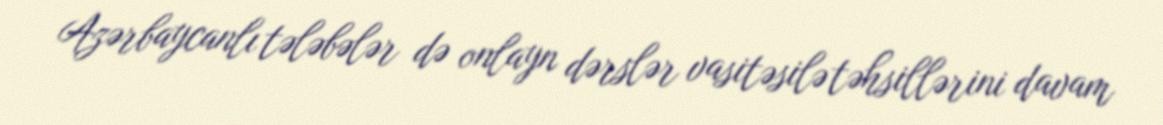
Azərbaycanlı tələbələr də onlayn dərslər vasitəsilə təhsillərini davam